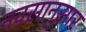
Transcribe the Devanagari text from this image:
नवसानुसार